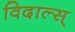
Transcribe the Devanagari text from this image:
विदाल्स्